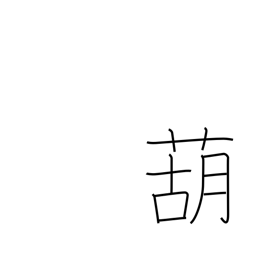
Meaning: garlic